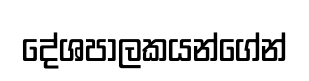
දේශපාලකයන්ගේන්